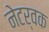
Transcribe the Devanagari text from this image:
नेटर्वक